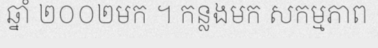
ឆ្នាំ ២០០២មក ។ កន្លងមក សកម្មភាព